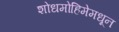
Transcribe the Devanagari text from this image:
शोधमोहिमेमधून